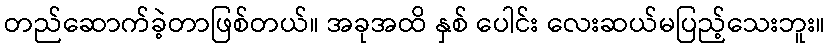
တည်ဆောက်ခဲ့တာဖြစ်တယ်။ အခုအထိ နှစ် ပေါင်း လေးဆယ်မပြည့်သေးဘူး။